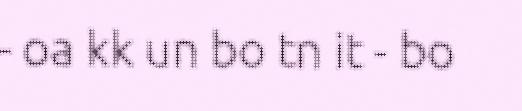
- oa kk un bo tn it - bo